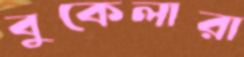
বুকেলারা